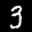
Label: 3